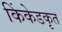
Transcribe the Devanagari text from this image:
किंकेडकृत